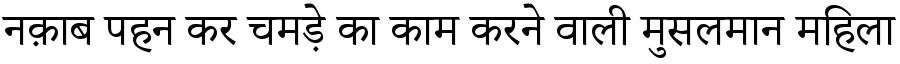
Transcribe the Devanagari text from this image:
नक़ाब पहन कर चमड़े का काम करने वाली मुसलमान महिला